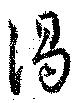
渇